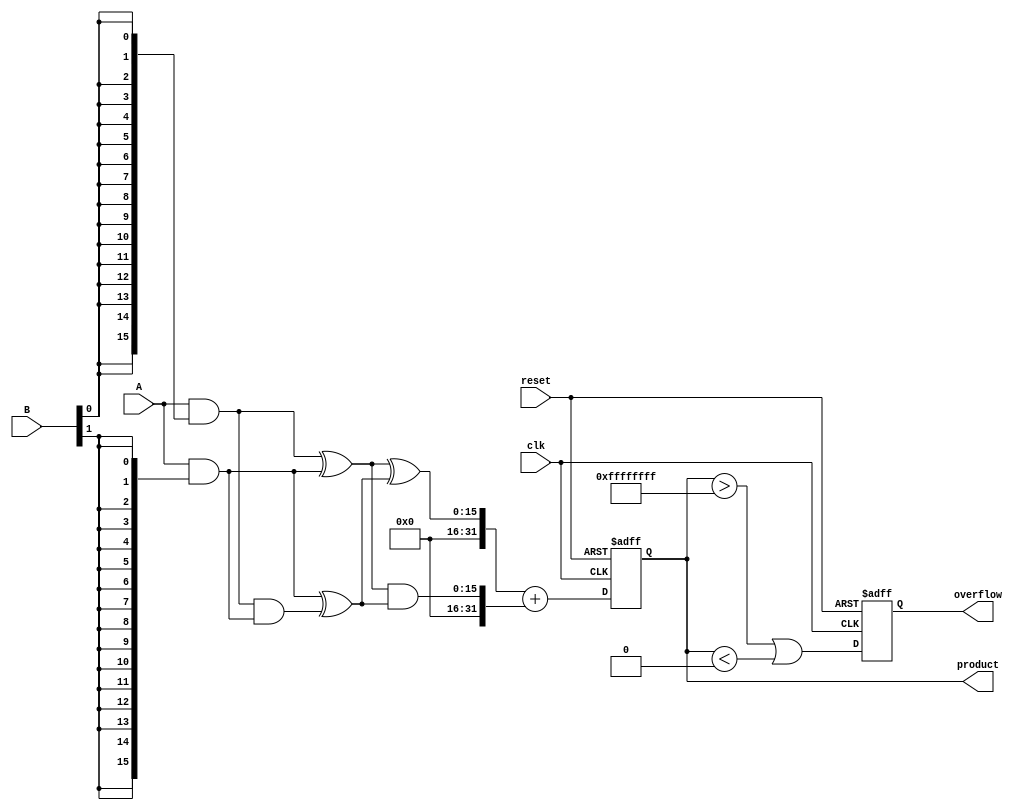
module FixedPointWallaceTreeMultiplier #(
    parameter A_WIDTH = 16, // Width of input A
    parameter B_WIDTH = 16, // Width of input B
    parameter P_WIDTH = A_WIDTH + B_WIDTH // Width of the product
)(
    input wire clk,
    input wire reset,
    input wire signed [A_WIDTH-1:0] A, // Multiplicand
    input wire signed [B_WIDTH-1:0] B, // Multiplier
    output reg signed [P_WIDTH-1:0] product, // Product
    output reg overflow // Overflow flag
);

    // Generate partial products
    wire [A_WIDTH-1:0] partial_products[B_WIDTH-1:0];
    genvar i;
    generate
        for (i = 0; i < B_WIDTH; i = i + 1) begin : partial_product_gen
            assign partial_products[i] = A & {A_WIDTH{B[i]}};
        end
    endgenerate

    // Wallace tree reduction
    wire [P_WIDTH-1:0] sum_stage1 [A_WIDTH-1:0];
    wire [P_WIDTH-1:0] carry_stage1 [A_WIDTH-1:0];
    wire [P_WIDTH-1:0] sum_stage2 [A_WIDTH-1:0];
    wire [P_WIDTH-1:0] carry_stage2 [A_WIDTH-1:0];

    // Stage 1: Half Adders and Full Adders
    generate
        for (i = 0; i < B_WIDTH-1; i = i + 1) begin : reduction_stage1
            if (i % 2 == 0) begin
                // Half Adder
                assign sum_stage1[i] = partial_products[i] ^ partial_products[i + 1];
                assign carry_stage1[i] = partial_products[i] & partial_products[i + 1];
            end else begin
                // Full Adder
                assign sum_stage1[i] = partial_products[i] ^ carry_stage1[i - 1];
                assign carry_stage1[i] = (partial_products[i] & carry_stage1[i - 1]) | (partial_products[i] & partial_products[i + 1]) | (carry_stage1[i - 1] & partial_products[i + 1]);
            end
        end
    endgenerate

    // Stage 2: Combine outputs of stage 1
    generate
        for (i = 0; i < B_WIDTH/2; i = i + 1) begin : reduction_stage2
            assign sum_stage2[i] = sum_stage1[i*2] ^ sum_stage1[i*2 + 1];
            assign carry_stage2[i] = sum_stage1[i*2] & sum_stage1[i*2 + 1];
        end
    endgenerate

    // Final addition
    wire [P_WIDTH-1:0] final_sum;
    wire [P_WIDTH-1:0] final_carry;

    assign final_sum = sum_stage2[0] + carry_stage2[0];

    always @(posedge clk or posedge reset) begin
        if (reset) begin
            product <= 0;
            overflow <= 0;
        end else begin
            product <= final_sum; // Assign final product
            overflow <= (product > {P_WIDTH{1'b1}}) || (product < {P_WIDTH{1'b0}}); // Check for overflow
        end
    end

endmodule